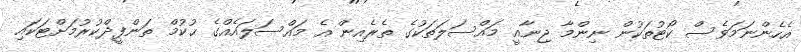
އެހެންނަމަވެސް ކޯޓުތަކުން ނިންމާ ޖިނާއީ މައްސަލަތަކުގެ ތެރެއިން އެ މައްސަލައެއްގެ ޙުކުމް ތަންފީޛްކުރުމަށްޓަކައި